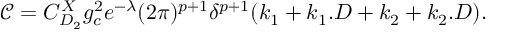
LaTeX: { \mathcal { C } } = C _ { D _ { 2 } } ^ { X } g _ { c } ^ { 2 } e ^ { - \lambda } ( 2 \pi ) ^ { p + 1 } \delta ^ { p + 1 } ( k _ { 1 } + k _ { 1 } . D + k _ { 2 } + k _ { 2 } . D ) .